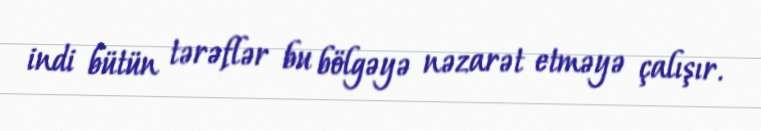
indi bütün tərəflər bu bölgəyə nəzarət etməyə çalışır.